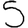
Digit: 5